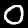
Label: 0